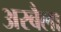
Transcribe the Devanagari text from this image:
अरबैला